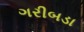
ગરીબડા